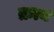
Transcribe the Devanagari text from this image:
क्रत्य